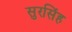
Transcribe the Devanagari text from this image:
सुरसिंह